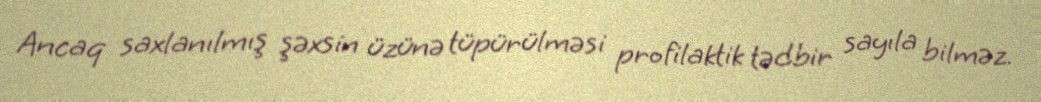
Ancaq saxlanılmış şəxsin üzünə tüpürülməsi profilaktik tədbir sayıla bilməz.